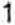
1